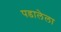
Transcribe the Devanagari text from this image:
पडालेला